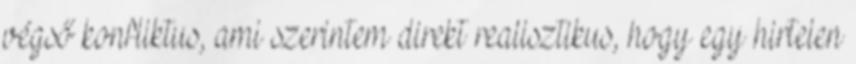
végső konfliktus, ami szerintem direkt realisztikus, hogy egy hirtelen